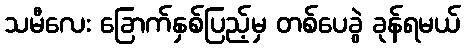
သမီလေး ခြောက်နှစ်ပြည့်မှ တစ်ပေခွဲ ခုန်ရမယ်